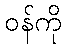
ဝန်ကို